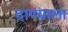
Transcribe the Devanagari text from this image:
दाण्याला